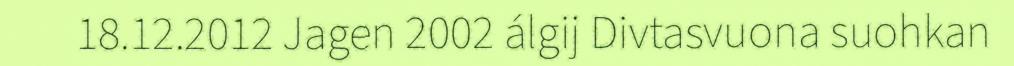
18.12.2012 Jagen 2002 álgij Divtasvuona suohkan